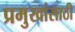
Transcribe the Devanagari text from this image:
प्रमुखांसाठी